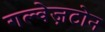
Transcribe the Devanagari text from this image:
गल्वेज़टोन